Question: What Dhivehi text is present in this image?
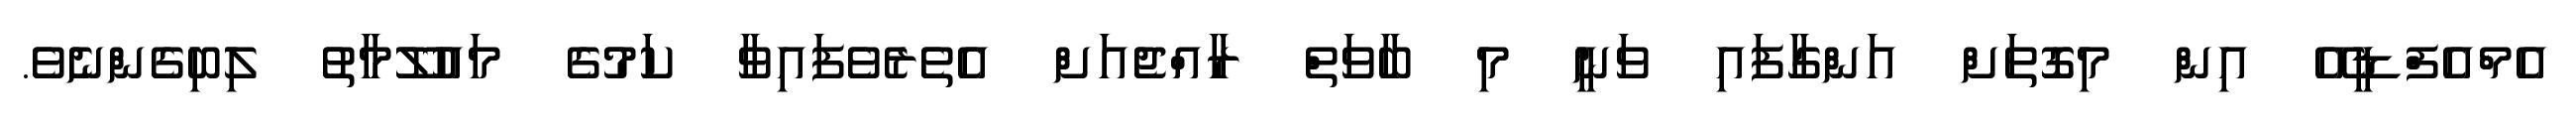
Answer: އެމްއެފްޑީއޭ އިން މިގޮތަށް އަންގާފައި ވަނީ މި ބާވަތް ރާއްޖެއަށް އެތެރެވެފައިވާ ކަމުގެ މައުލޫމާތު ލިބިގެންނެވެ.